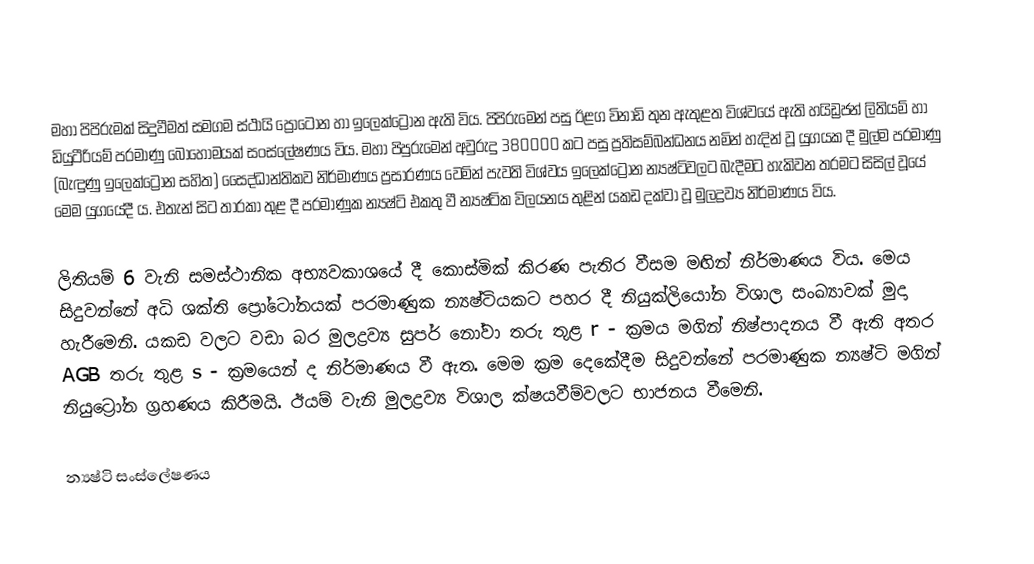
මහා පිපිරුමක් සිදුවීමත් සමගම ස්ථායි ප්‍රෝටෝන හා ඉලෙක්ට්‍රෝන ඇති විය. පිපිරුමෙන් පසු ඊළග විනාඩි තුන ඇතුළත විශ්වයේ ඇති හයිඩ්‍රජන් ලිතියම් හා ඩියුටීරියම් පරමාණු බොහෝමයක් සංස්ලේෂණය විය. මහා පිපුරුමෙන් අවුරුදු 380000 කට පසු ප්‍රතිසම්බන්ධනය නමින් හැදින් වූ යුගයක දී මුල්ම පරමාණු (බැඳුණු ඉලෙක්ට්‍රෝන සහිත) සෛද්ධාන්තිකව නිර්මාණය ප්‍රසාරණය වෙමින් පැවති විශ්වය ඉලෙක්ට්‍රෝන න්‍යෂ්ටිවලට බැදීමට හැකිවන තරමට සිසිල් වූයේ මෙම යුගයේදී ය. එතැන් සිට තාරකා තුළ දී පරමාණුක න්‍යෂ්ටි එකතු වී න්‍යෂ්ටික විලයනය තුළින් යකඩ දක්වා වූ මුලද්‍රව්‍ය නිර්මාණය විය.

ලිතියම් 6 වැනි සමස්ථානික අභ්‍යවකාශයේ දී කොස්මික් කිරණ පැතිර වීසම මඟින් නිර්මාණය විය. මෙය සිදුවන්නේ අධි ශක්ති ප්‍රෝටෝනයක් පරමාණුක න්‍යෂ්ටියකට පහර දී නියුක්ලියෝන විශාල සංඛ්‍යාවක් මුදා හැරීමෙනි. යකඩ වලට වඩා බර මුලද්‍රව්‍ය සුපර් නෝවා තරු තුළ r - ක්‍රමය මගින් නිෂ්පාදනය වී ඇති අතර AGB තරු තුළ  s - ක්‍රමයෙන් ද නිර්මාණය වී ඇත. මෙම ක්‍රම දෙකේදීම සිදුවන්නේ පරමාණුක න්‍යෂ්ටි මගින් නියුට්‍රෝන ග්‍රහණය කිරීමයි. ඊයම් වැනි මුලද්‍රව්‍ය විශාල ක්ෂයවීම්වලට භාජනය වීමෙනි.

න්‍යෂ්ටි සංස්ලේෂණය